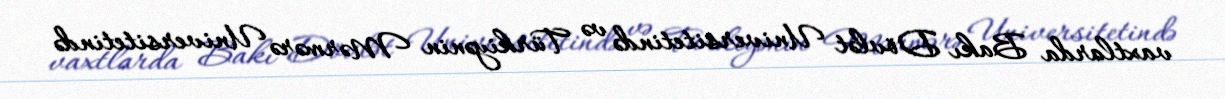
vaxtlarda Bakı Dövlət Universitetində və Türkiyənin Mərmərə Universitetində